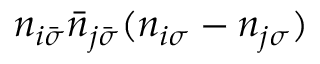
n _ { i \bar { \sigma } } \bar { n } _ { j \bar { \sigma } } ( n _ { i \sigma } - n _ { j \sigma } )